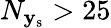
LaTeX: N_{\mathbf{y}_{\mathrm{s}}}>25